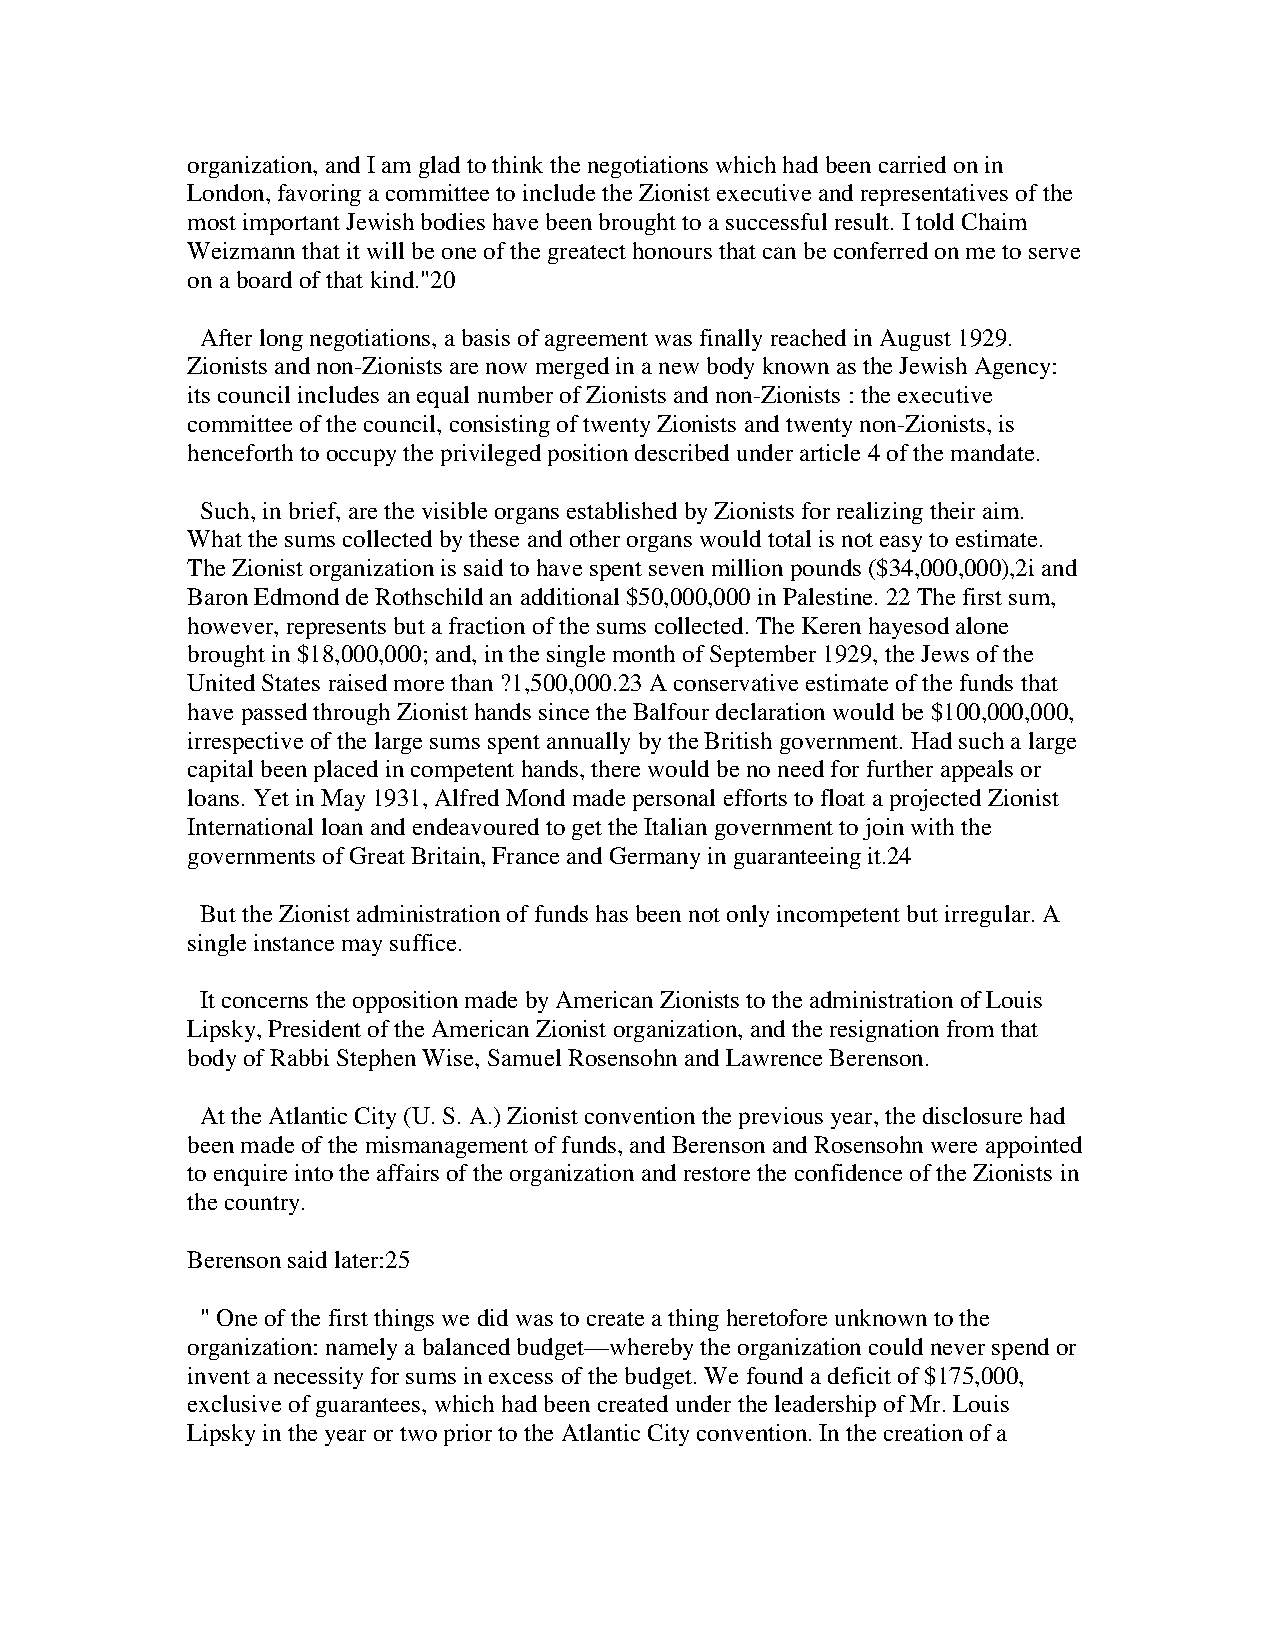
organization, and I am glad to think the negotiations which had been carried on in
 London, favoring a committee to include the Zionist executive and representatives of the
 most important Jewish bodies have been brought to a successful result. I told Chaim
 Weizmann that it will be one of the greatect honours that can be conferred on me to serve
 on a board of that kind."20
 After long negotiations, a basis of agreement was finally reached in August 1929.
 Zionists and non-Zionists are now merged in a new body known as the Jewish Agency:
 its council includes an equal number of Zionists and non-Zionists : the executive
 committee of the council, consisting of twenty Zionists and twenty non-Zionists, is
 henceforth to occupy the privileged position described under article 4 of the mandate.
 Such, in brief, are the visible organs established by Zionists for realizing their aim.
 What the sums collected by these and other organs would total is not easy to estimate.
 The Zionist organization is said to have spent seven million pounds ($34,000,000),2i and
 Baron Edmond de Rothschild an additional $50,000,000 in Palestine. 22 The first sum,
 however, represents but a fraction of the sums collected. The Keren hayesod alone
 brought in $18,000,000; and, in the single month of September 1929, the Jews of the
 United States raised more than ?1,500,000.23 A conservative estimate of the funds that
 have passed through Zionist hands since the Balfour declaration would be $100,000,000,
 irrespective of the large sums spent annually by the British government. Had such a large
 capital been placed in competent hands, there would be no need for further appeals or
 loans. Yet in May 1931, Alfred Mond made personal efforts to float a projected Zionist
 International loan and endeavoured to get the Italian government to join with the
 governments of Great Britain, France and Germany in guaranteeing it.24
 But the Zionist administration of funds has been not only incompetent but irregular. A
 single instance may suffice.
 It concerns the opposition made by American Zionists to the administration of Louis
 Lipsky, President of the American Zionist organization, and the resignation from that
 body of Rabbi Stephen Wise, Samuel Rosensohn and Lawrence Berenson.
 At the Atlantic City (U. S. A.) Zionist convention the previous year, the disclosure had
 been made of the mismanagement of funds, and Berenson and Rosensohn were appointed
 to enquire into the affairs of the organization and restore the confidence of the Zionists in
 the country.
 Berenson said later:25
 " One of the first things we did was to create a thing heretofore unknown to the
 organization: namely a balanced budget—whereby the organization could never spend or
 invent a necessity for sums in excess of the budget. We found a deficit of $175,000,
 exclusive of guarantees, which had been created under the leadership of Mr. Louis
 Lipsky in the year or two prior to the Atlantic City convention. In the creation of a